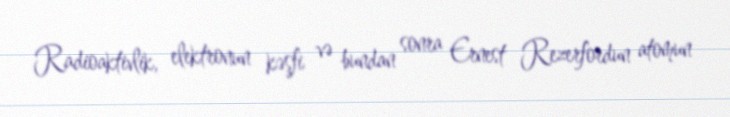
Radioaktivlik, elektronun kəşfi və bundan sonra Ernest Rezerfordun atomun